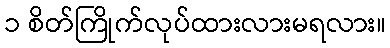
၁ စိတ်ကြိုက်လုပ်ထားလားမရလား။